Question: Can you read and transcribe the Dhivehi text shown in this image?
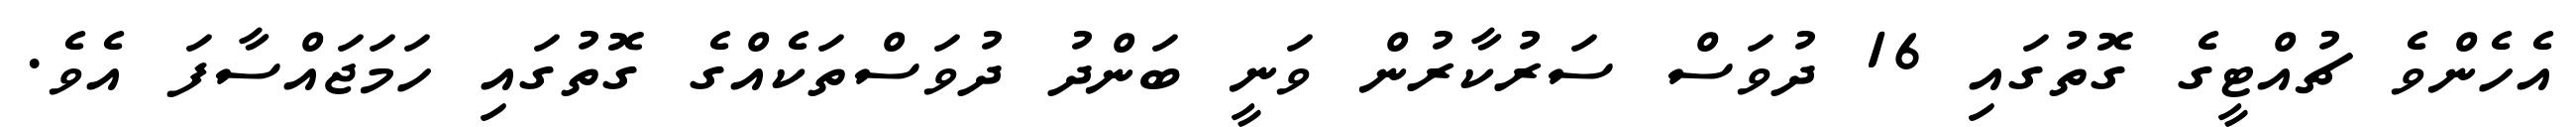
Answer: އެހެންވެ ޗުއްޓީގެ ގޮތުގައި 16 ދުވަސް ސަރުކާރުން ވަނީ ބަންދު ދުވަސްތަކެއްގެ ގޮތުގައި ހަމަޖައްސާފަ އެވެ.